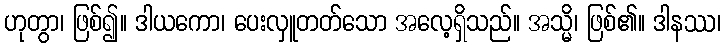
ဟုတွာ၊ ဖြစ်၍။ ဒါယကော၊ ပေးလှူတတ်သော အလေ့ရှိသည်။ အသ္မိ၊ ဖြစ်၏။ ဒါနဿ၊